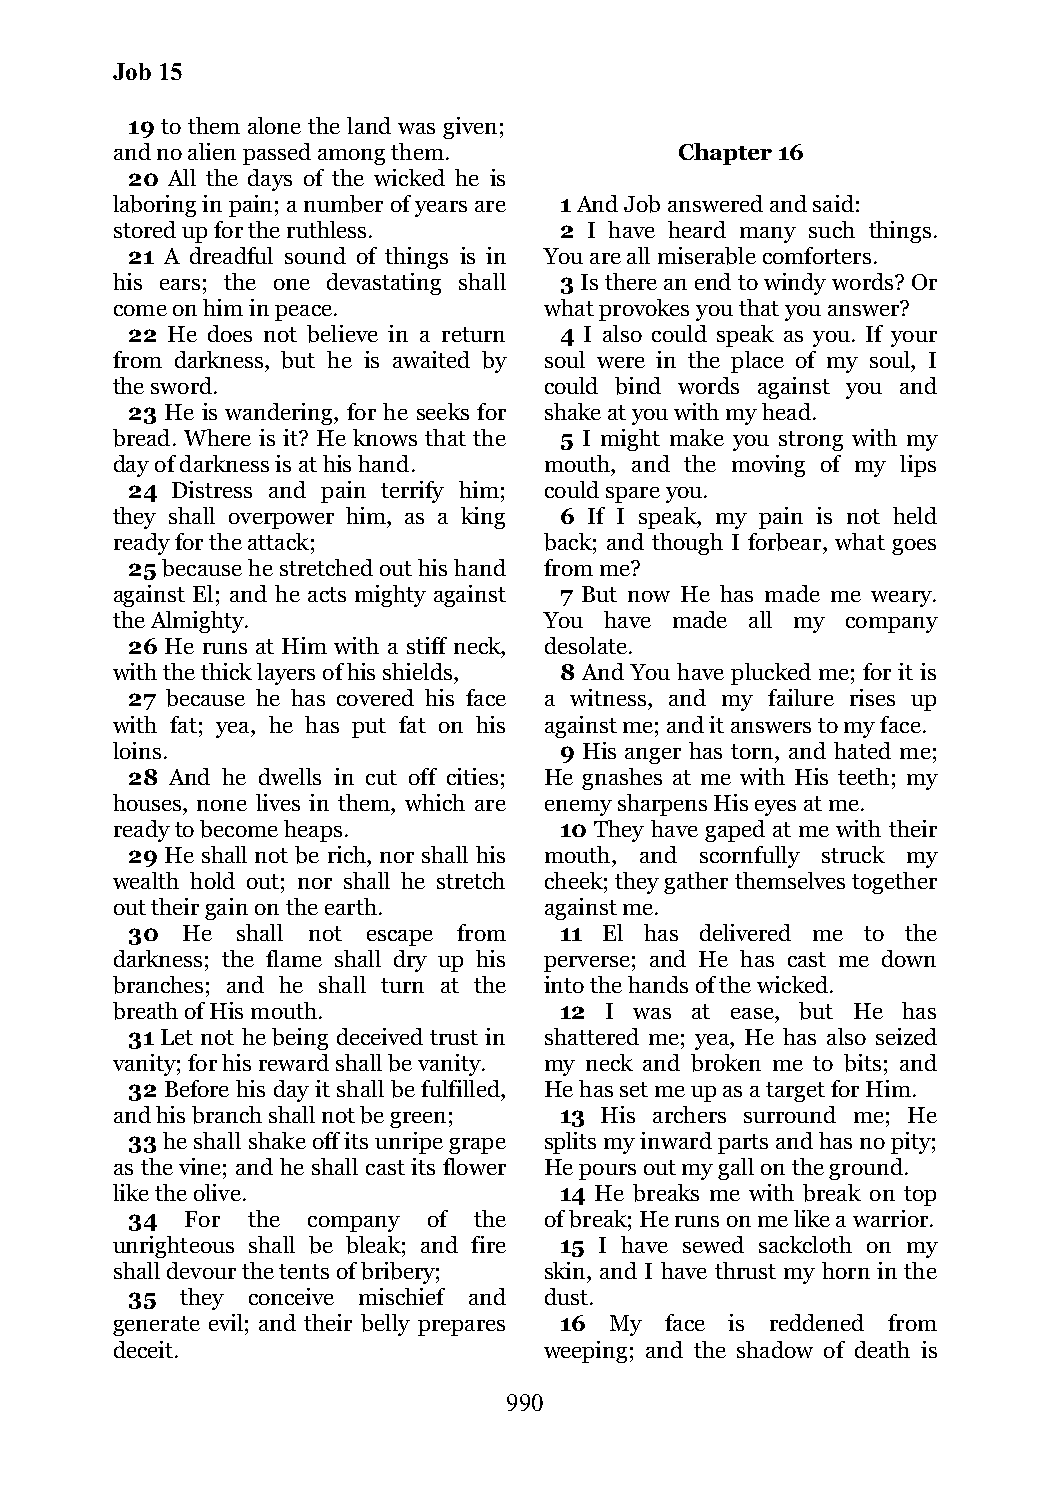
Job 15
 19 to them alone the land was given;
 and no alien passed among them.       Chapter 16
 20 All the days of the wicked he is
 laboring in pain; a number of years are 1 And Job answered and said:
 stored up for the ruthless.   2 I have heard many such things.
 21 A dreadful sound of things is in You are all miserable comforters.
 his ears; the one devastating shall 3 Is there an end to windy words? Or
 come on him in peace.        what provokes you that you answer?
 22 He does not believe in a return 4 I also could speak as you. If your
 from darkness, but he is awaited by soul were in the place of my soul, I
 the sword.                   could bind words against you and
 23 He is wandering, for he seeks for shake at you with my head.
 bread. Where is it? He knows that the 5 I might make you strong with my
 day of darkness is at his hand. mouth, and the moving of my lips
 24 Distress and pain terrify him; could spare you.
 they shall overpower him, as a king 6 If I speak, my pain is not held
 ready for the attack;        back; and though I forbear, what goes
 25 because he stretched out his hand from me?
 against El; and he acts mighty against 7 But now He has made me weary.
 the Almighty.                You have made all my company
 26 He runs at Him with a stiff neck, desolate.
 with the thick layers of his shields, 8 And You have plucked me; for it is
 27 because he has covered his face a witness, and my failure rises up
 with fat; yea, he has put fat on his against me; and it answers to my face.
 loins.                        9 His anger has torn, and hated me;
 28 And he dwells in cut off cities; He gnashes at me with His teeth; my
 houses, none lives in them, which are enemy sharpens His eyes at me.
 ready to become heaps.        10 They have gaped at me with their
 29 He shall not be rich, nor shall his mouth, and scornfully struck my
 wealth hold out; nor shall he stretch cheek; they gather themselves together
 out their gain on the earth. against me.
 30  He  shall not escape from 11 El has delivered me to the
 darkness; the flame shall dry up his perverse; and He has cast me down
 branches; and he shall turn at the into the hands of the wicked.
 breath of His mouth.          12 I was at ease, but He has
 31 Let not he being deceived trust in shattered me; yea, He has also seized
 vanity; for his reward shall be vanity. my neck and broken me to bits; and
 32 Before his day it shall be fulfilled, He has set me up as a target for Him.
 and his branch shall not be green; 13 His archers surround me; He
 33 he shall shake off its unripe grape splits my inward parts and has no pity;
 as the vine; and he shall cast its flower He pours out my gall on the ground.
 like the olive.               14 He breaks me with break on top
 34  For the company of the  of break; He runs on me like a warrior.
 unrighteous shall be bleak; and fire 15 I have sewed sackcloth on my
 shall devour the tents of bribery; skin, and I have thrust my horn in the
 35  they conceive mischief and dust.
 generate evil; and their belly prepares 16 My face is reddened from
 deceit.                      weeping; and the shadow of death is
 990